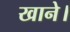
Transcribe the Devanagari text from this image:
खाने।